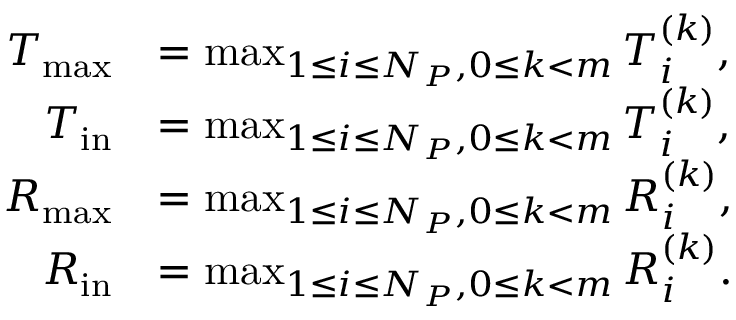
\begin{array} { r l } { T _ { \mathrm { m a x } } } & { = \operatorname* { m a x } _ { 1 \leq i \leq N _ { P } , 0 \leq k < m } \boldsymbol { T } _ { i } ^ { ( k ) } , } \\ { T _ { \mathrm { i n } } } & { = \operatorname* { m a x } _ { 1 \leq i \leq N _ { P } , 0 \leq k < m } \boldsymbol { T } _ { i } ^ { ( k ) } , } \\ { R _ { \mathrm { m a x } } } & { = \operatorname* { m a x } _ { 1 \leq i \leq N _ { P } , 0 \leq k < m } \boldsymbol { R } _ { i } ^ { ( k ) } , } \\ { R _ { \mathrm { i n } } } & { = \operatorname* { m a x } _ { 1 \leq i \leq N _ { P } , 0 \leq k < m } \boldsymbol { R } _ { i } ^ { ( k ) } . } \end{array}